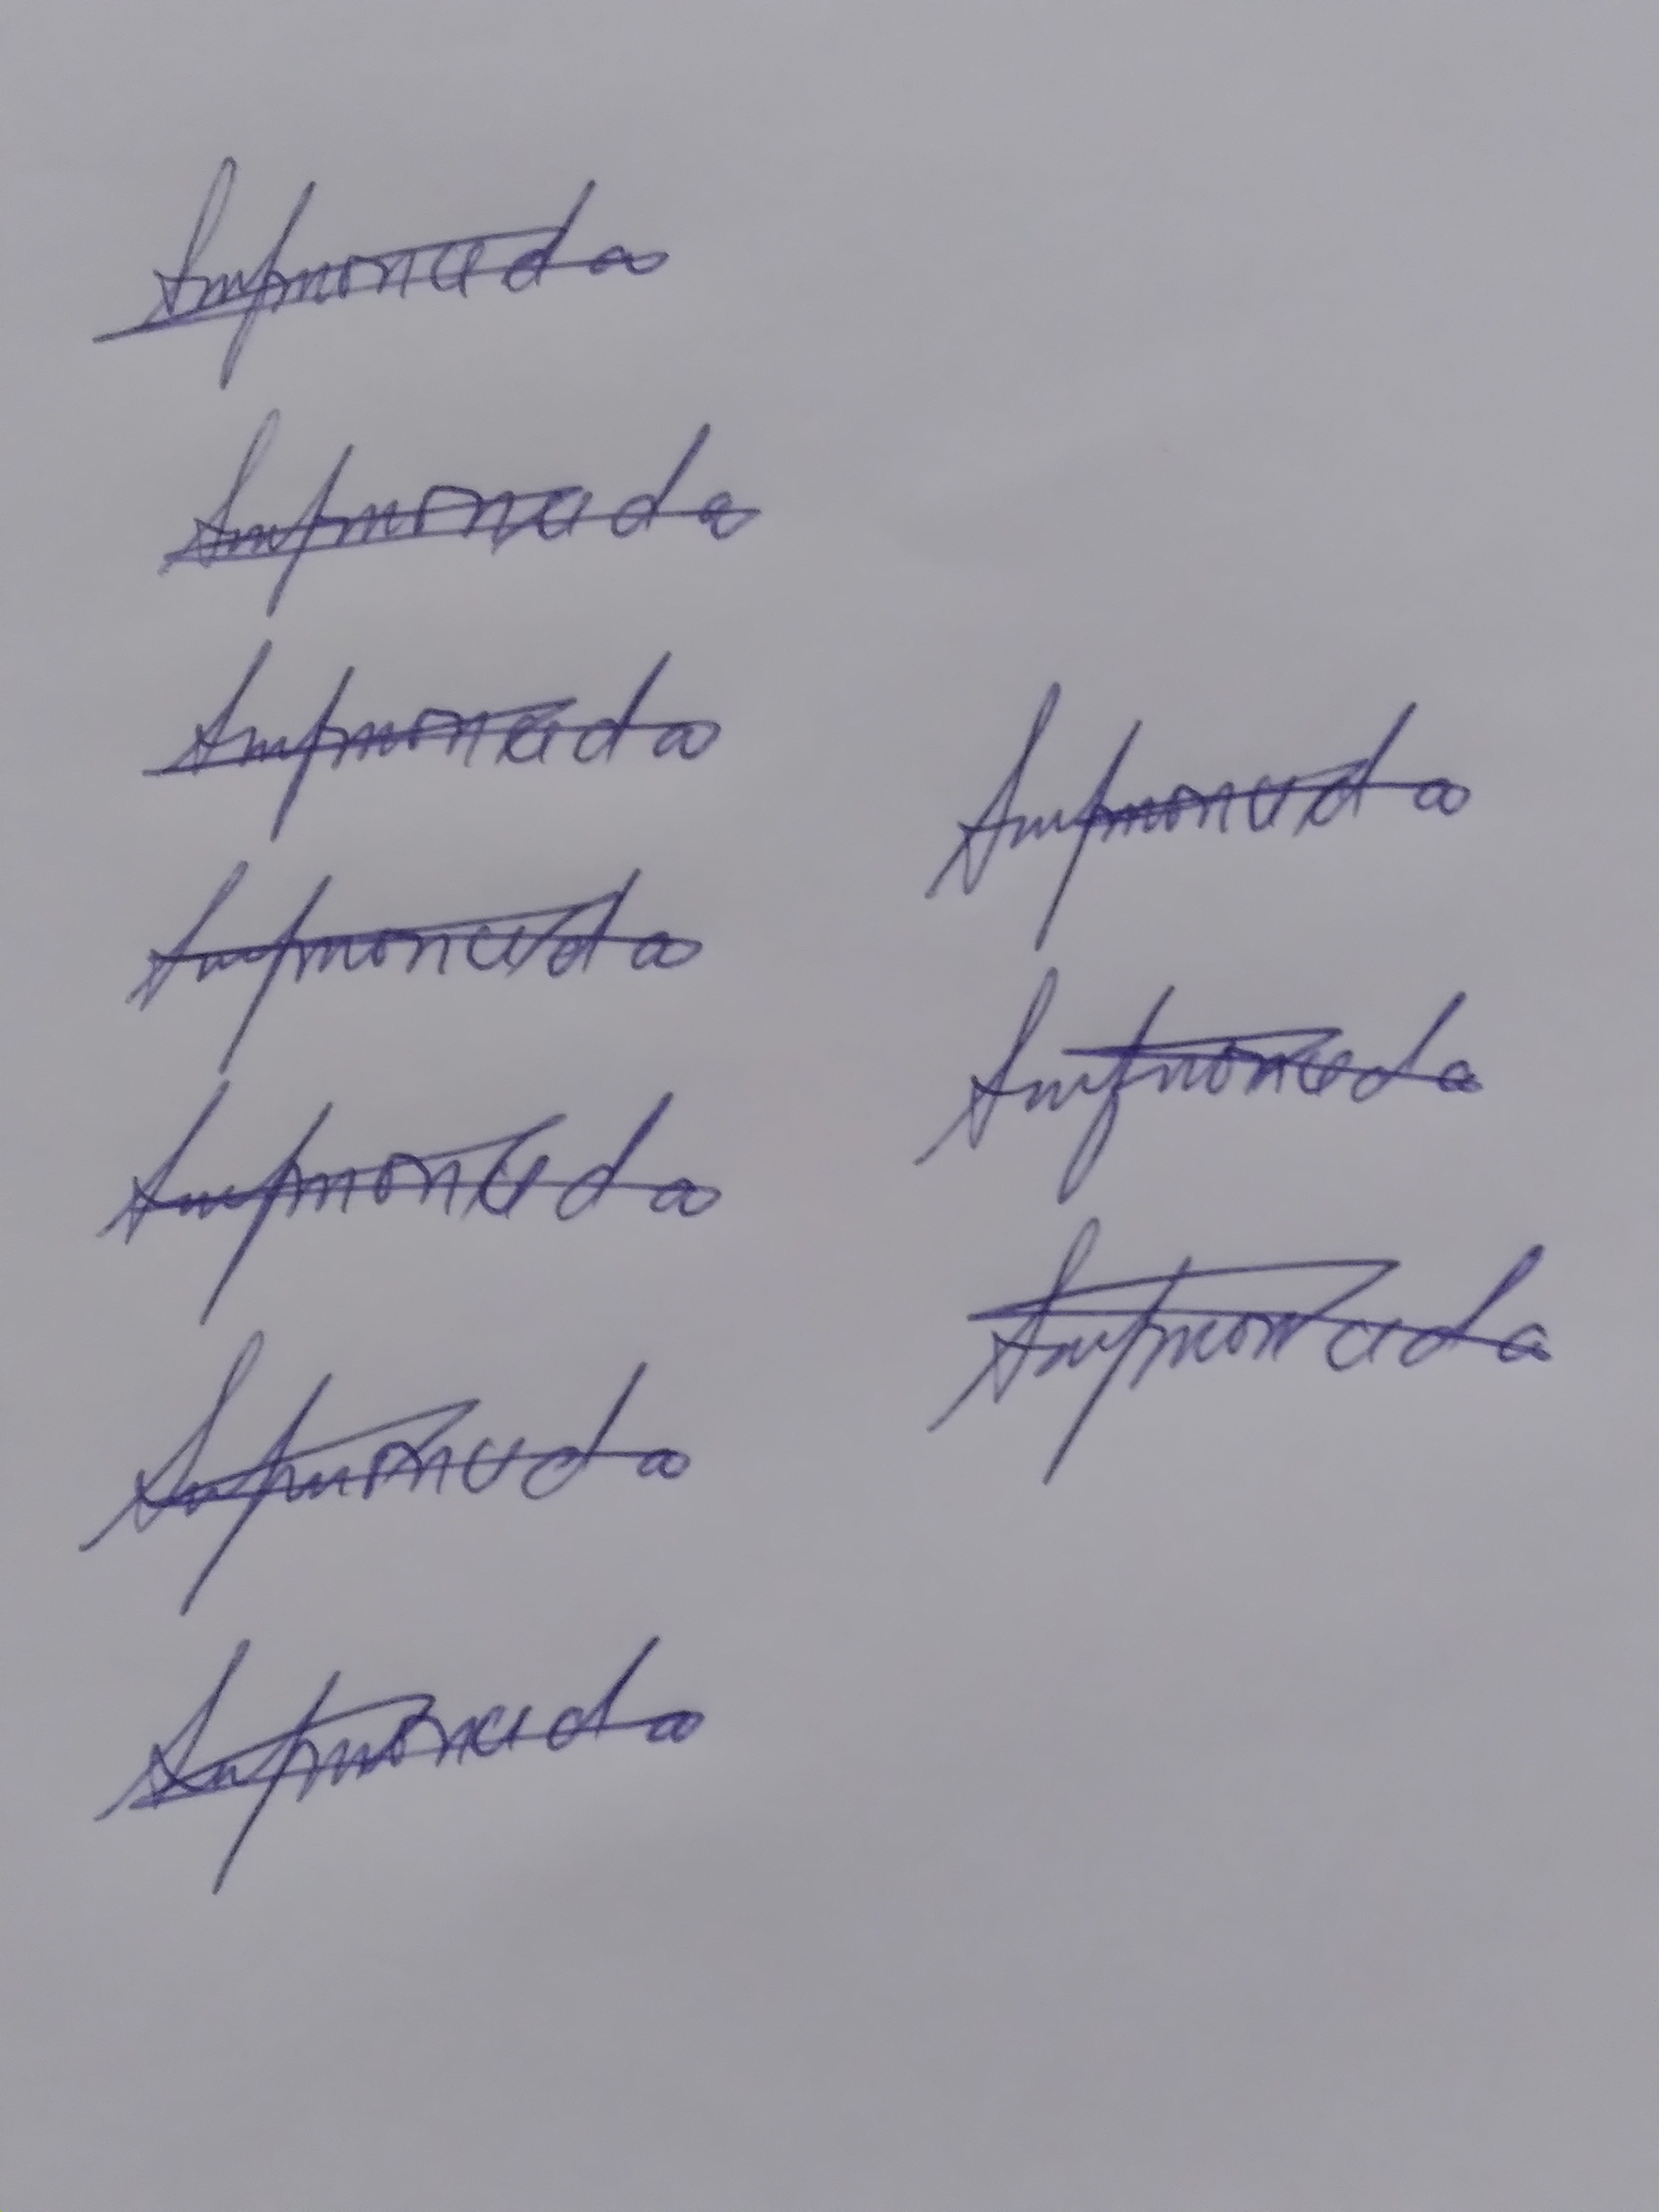
Signature authenticity: genuine